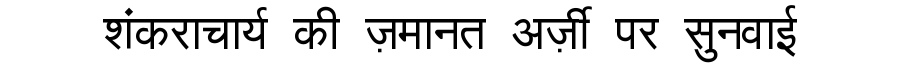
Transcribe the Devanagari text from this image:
शंकराचार्य की ज़मानत अर्ज़ी पर सुनवाई